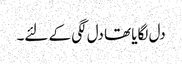
دل لگایا تھا دل لگی کے لئے۔